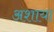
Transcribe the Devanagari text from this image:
अशाया